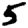
Digit: 5